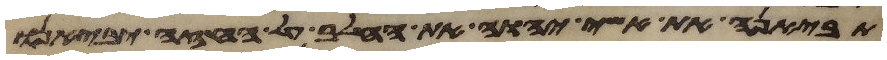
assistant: תביאנה את אשי יהוה את החלב על החזה יביאנו